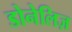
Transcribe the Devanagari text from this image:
डोनेलिज़